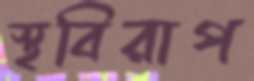
স্থবিরাপ